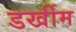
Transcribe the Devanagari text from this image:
डर्खीम